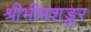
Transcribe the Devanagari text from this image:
श्रीभीमशङ्कर